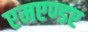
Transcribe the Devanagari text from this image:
एमएण्डए